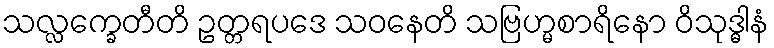
သလ္လက္ခေတီတိ ဥတ္တရပဒေ သဝနေတိ သဗြဟ္မစာရိနော ဝိသုဒ္ဓါနံ